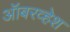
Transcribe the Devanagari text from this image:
ऑबरव्हेश